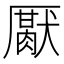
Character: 𰆪